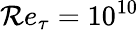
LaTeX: \mathcal{R}e_{\tau}=10^{10}